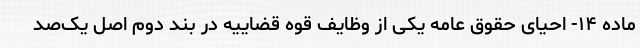
ماده ۱۴- احیای حقوق عامه یکی از وظایف قوه قضاییه در بند دوم اصل یک‌صد